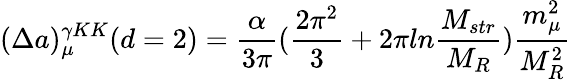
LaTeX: (\Delta a)_{\mu}^{\gamma KK}(d=2)=\frac{\alpha}{3\pi}(\frac{2\pi^{2}}{3}+2\pi ln\frac{M_{str}}{M_{R}})\frac{m_{\mu}^{2}}{M_{R}^{2}}